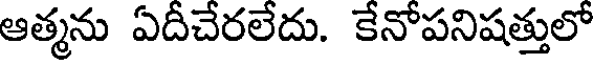
ఆత్మను ఏదీచేరలేదు. కేనోపనిషత్తులో